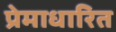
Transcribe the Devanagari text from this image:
प्रेमाधारित